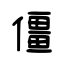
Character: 僵